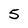
Character: 5